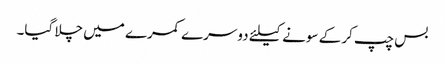
بس چپ کر کے سونے کیلئے دوسرے کمرے میں چلا گیا۔